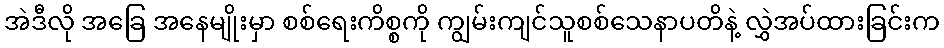
အဲဒီလို အခြေ အနေမျိုးမှာ စစ်ရေးကိစ္စကို ကျွမ်းကျင်သူစစ်သေနာပတိနဲ့ လွှဲအပ်ထားခြင်းက